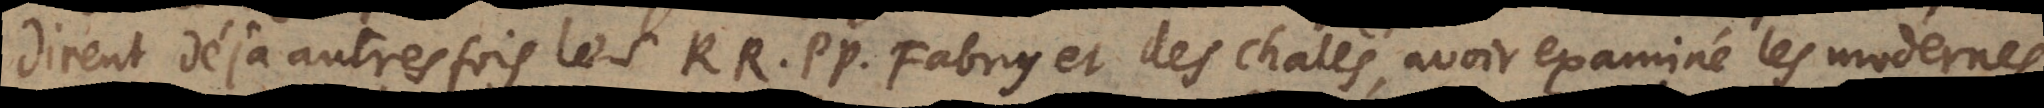
dirent déjà autres fois les RR. PP. Fabry et des Chales, avoir examiné les modernes